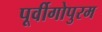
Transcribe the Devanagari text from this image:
पूर्वीगोपुरम